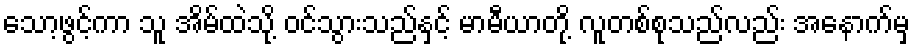
သော့ဖွင့်ကာ သူ အိမ်ထဲသို့ ဝင်သွားသည်နှင့် မာမီယာတို့ လူတစ်စုသည်လည်း အနောက်မှ